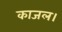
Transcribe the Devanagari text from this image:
काजल।